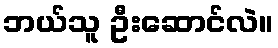
ဘယ်သူ ဦးဆောင်လဲ။